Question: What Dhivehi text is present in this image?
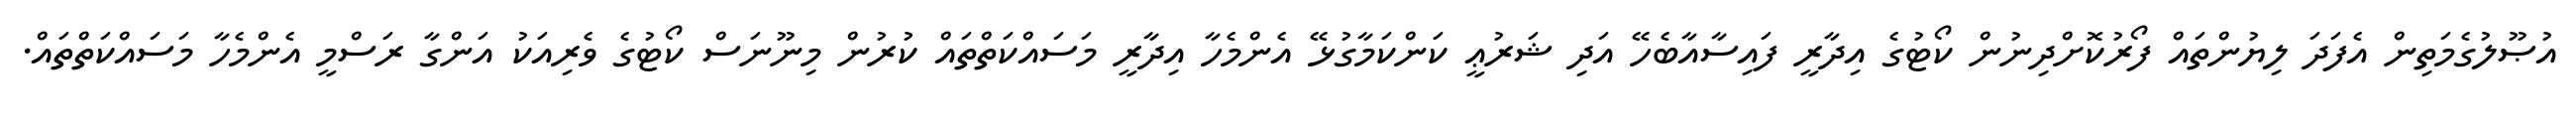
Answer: އުޞޫލުގެމަތިން އެފަދަ ލިޔުންތައް ފޯރުކޮށްދިނުން ކޯޓުގެ އިދާރީ ފައިސާއާބެހޭ އަދި ޝަރުޢީ ކަންކަމާގުޅޭ އެންމެހާ އިދާރީ މަސައްކަތްތައް ކުރުން މިނޫނަސް ކޯޓުގެ ވެރިއަކު އަންގާ ރަސްމީ އެންމެހާ މަސައްކަތްތައް.